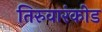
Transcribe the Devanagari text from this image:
तिरुवारंकोड